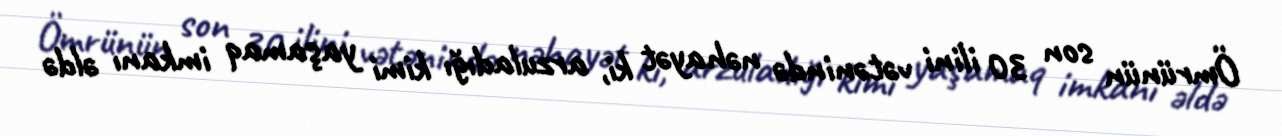
Ömrünün son 30 ilini vətənində nəhayət ki, arzuladığı kimi yaşamaq imkanı əldə